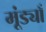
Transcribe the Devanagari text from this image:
मूंड्याँ